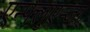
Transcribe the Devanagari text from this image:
एन्फ्लुएन्जा